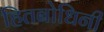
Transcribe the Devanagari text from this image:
हितबोधिनी